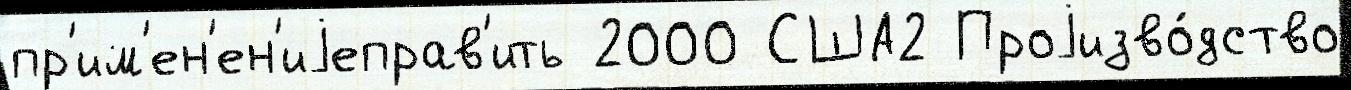
пр'им'ен'ен'иjеправ'ить 2000 США2 Проjизво́дство